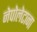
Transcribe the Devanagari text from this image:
नेपोलेटाना